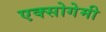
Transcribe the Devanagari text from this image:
एक्सोगेमी